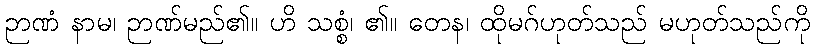
ဉာဏံ နာမ၊ ဉာဏ်မည်၏။ ဟိ သစ္စံ၊ ၏။ တေန၊ ထိုမဂ်ဟုတ်သည် မဟုတ်သည်ကို